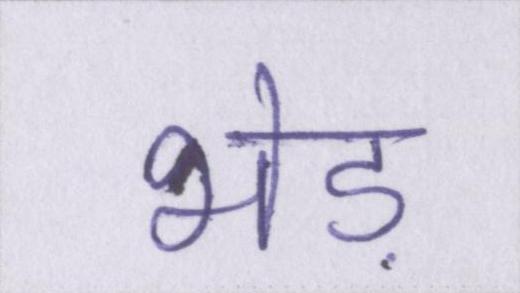
भेड़